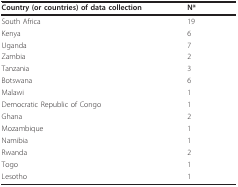
<table><thead><tr><td><b>Country (or countries) of data collection</b></td><td><b>N*</b></td></tr></thead><tbody><tr><td>South Africa</td><td>19</td></tr><tr><td>Kenya</td><td>6</td></tr><tr><td>Uganda</td><td>7</td></tr><tr><td>Zambia</td><td>2</td></tr><tr><td>Tanzania</td><td>3</td></tr><tr><td>Botswana</td><td>6</td></tr><tr><td>Malawi</td><td>1</td></tr><tr><td>Democratic Republic of Congo</td><td>1</td></tr><tr><td>Ghana</td><td>2</td></tr><tr><td>Mozambique</td><td>1</td></tr><tr><td>Namibia</td><td>1</td></tr><tr><td>Rwanda</td><td>2</td></tr><tr><td>Togo</td><td>1</td></tr><tr><td>Lesotho</td><td>1</td></tr></tbody></table>